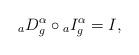
LaTeX: \begin{align*}{}_aD_g^{\alpha} \circ {}_{a}I_g^{\alpha}= I, \end{align*}